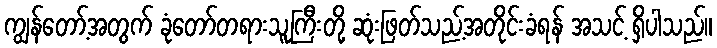
ကျွန်တော့်အတွက် ခုံတော်တရားသူကြီးတို့ ဆုံးဖြတ်သည့်အတိုင်းခံရန် အသင့် ရှိပါသည်။